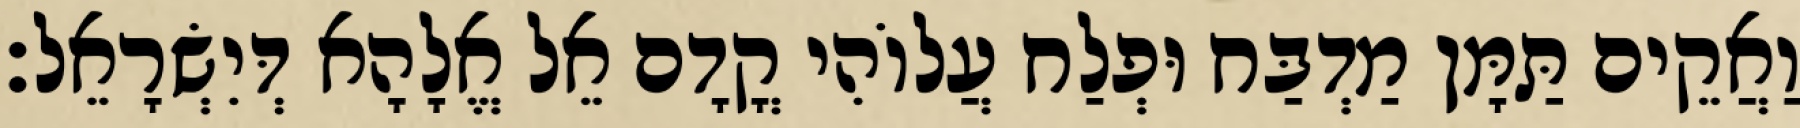
וַאֲקֵים תַּמָּן מַדְבַּח וּפְלַח עֲלוֹהִי קֳדָם אֵל אֱלָהָא דְּיִשְׂרָאֵל׃